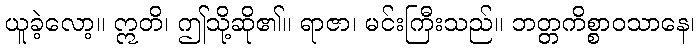
ယူခဲ့လော့။ ဣတိ၊ ဤသို့ဆို၏။ ရာဇာ၊ မင်းကြီးသည်။ ဘတ္တကိစ္စာဝသာနေ၊